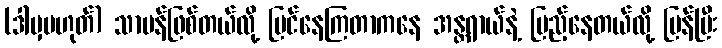
(ဒါမှမဟုတ်) သာမန်ဖြစ်တယ်လို့ မြင်နေကြတာကနေ အန္တရာယ်နဲ့ ပြည့်နေတယ်လို့ ပြန်ပြီး